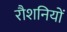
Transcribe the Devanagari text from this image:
रौशनियों